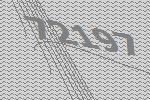
72197